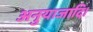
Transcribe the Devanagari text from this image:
अनुयाजादि।